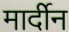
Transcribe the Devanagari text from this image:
मार्दीन